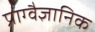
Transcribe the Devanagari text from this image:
प्राग्वैज्ञानिक